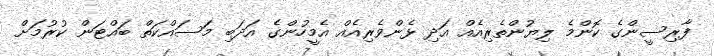
ފާރިސީންގެ ކޮންމެ ލިޔުންތެރިއެއް އަދި ޅެންވެރިއެއް އެމީހުންގެ އަދަބި މަސައްކަތް ބައްޓަން ކުރުމަށް